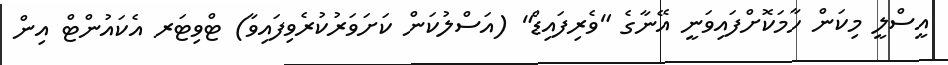
އީސްލީ މިކަން ހާމަކޮށްފައިވަނީ އޭނާގެ "ވެރިފައިޑް" (އަސްލުކަން ކަށަވަރުކުރެވިފައިވާ) ޓްވިޓަރ އެކައުންޓް އިން